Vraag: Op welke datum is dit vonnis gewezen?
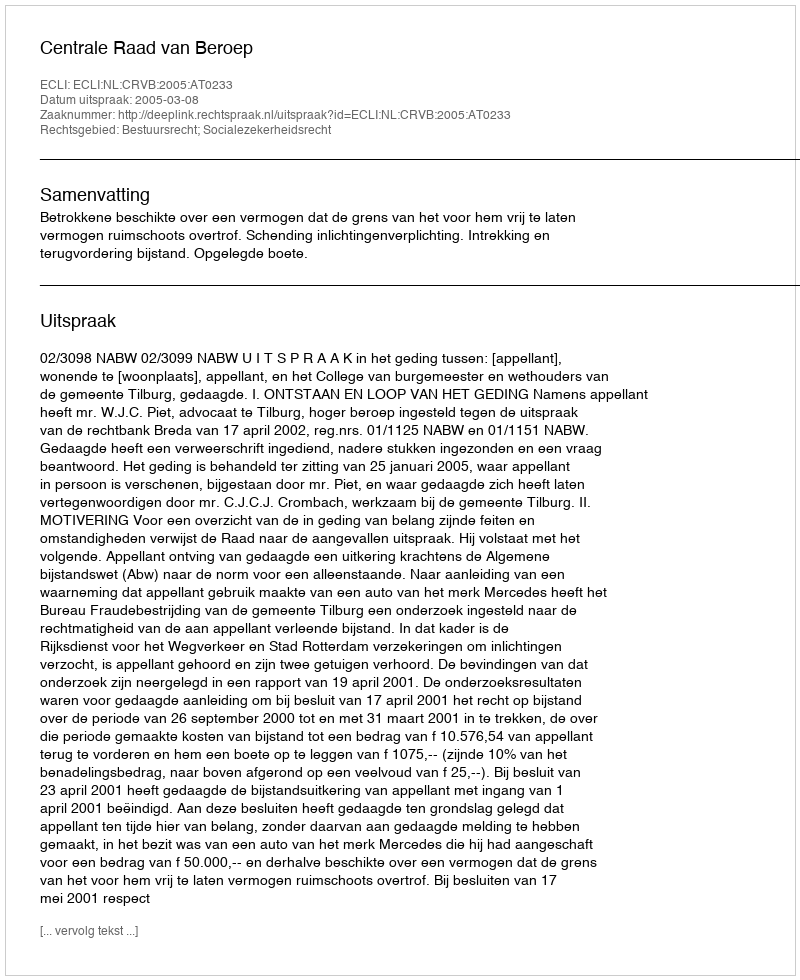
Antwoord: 2005-03-08